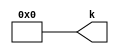
module v651fa3_v465065 #(
 parameter VALUE = 0
) (
 output [15:0] k
);
 assign k = VALUE;
endmodule